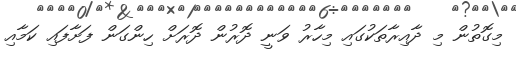
މިގޮތުން މި ދާއިރާތަކުގައި މިހާރު ވަނީ ދޮރުން ދޮރަށް ހިންގަން ފަށާފައި ކަމާއި